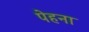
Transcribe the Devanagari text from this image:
पेहना